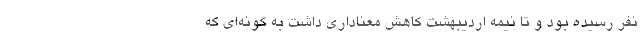
نفر رسیده بود و تا نیمه اردیبهشت کاهش معناداری داشت به گونه‌ای که